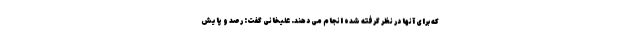
که برای آنها در نظر گرفته شده انجام می دهند. علیخانی گفت: رصد و پایش